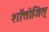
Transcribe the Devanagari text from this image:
शॉत्तोजित्